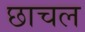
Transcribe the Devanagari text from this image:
छाचल